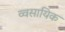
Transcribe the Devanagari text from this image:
व्वसायिक